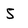
Character: 5